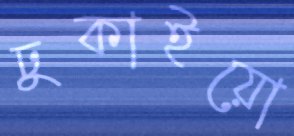
ঢুকাইয়ো